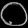
Digit: ၀